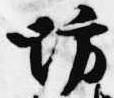
坊